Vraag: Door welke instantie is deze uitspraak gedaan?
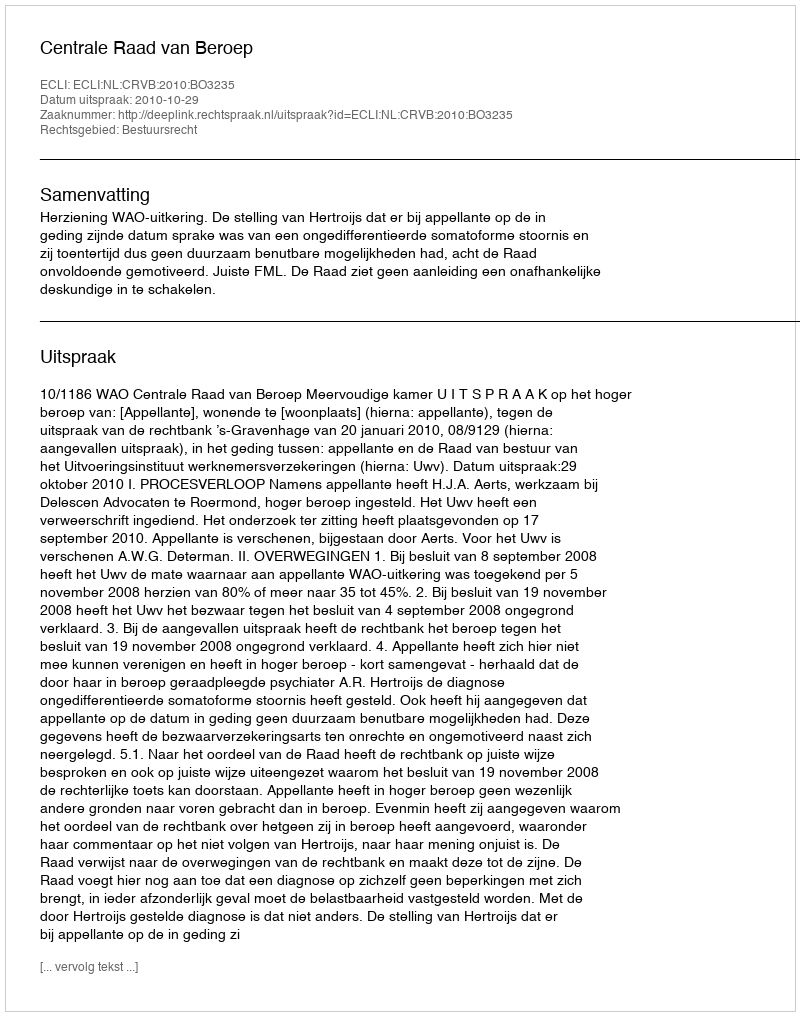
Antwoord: Centrale Raad van Beroep